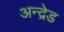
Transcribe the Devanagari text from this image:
अन्द्रेड